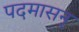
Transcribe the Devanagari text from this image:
पदमासन्